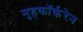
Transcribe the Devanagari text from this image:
मुहकॉर्करेन